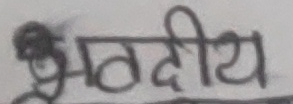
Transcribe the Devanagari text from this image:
भवदीय